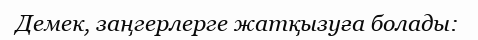
Демек, заңгерлерге жатқызуға болады: